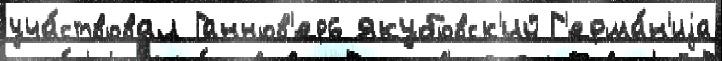
уча́ствовал Ганнов'ер6 Якубовск'ий Г'ерма́н'иjа